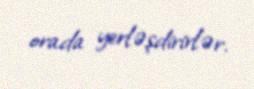
orada yerləşdirirlər.